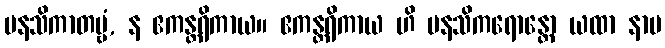
မနသိကာတဗ္ဗံ, န ဧကန္တရိကာယ။ ဧကန္တရိကာယ ဟိ မနသိကရောန္တော ယထာ နာမ